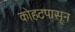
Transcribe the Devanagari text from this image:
कोहटपासून